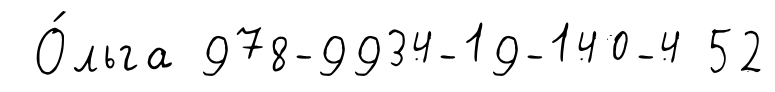
О́льга 978-9934-19-140-4 52